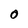
Character: O